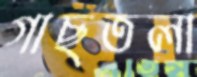
গাছতলা